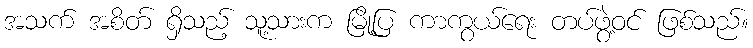
အသက် အစိတ် ရှိသည့် သူ့သားက မြို့ပြ ကာကွယ်ရေး တပ်ဖွဲ့ဝင် ဖြစ်သည်။